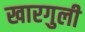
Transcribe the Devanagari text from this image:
खारगुली